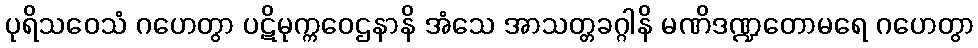
ပုရိသဝေသံ ဂဟေတွာ ပဋိမုက္ကဝေဌနာနိ အံသေ အာသတ္တခဂ္ဂါနိ မဏိဒဏ္ဍတောမရေ ဂဟေတွာ